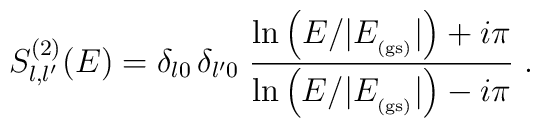
S^{(2)}_{l,l'}(E)=\delta_{l 0} \,\delta_{l' 0}\;\frac{\ln \left( E /|E_{_{\rm (gs)}}| \right) + i \pi}{\ln \left( E /|E_{_{\rm (gs)}}| \right) - i \pi}\;  .